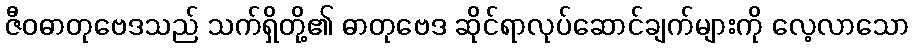
ဇီဝဓာတုဗေဒသည် သက်ရှိတို့၏ ဓာတုဗေဒ ဆိုင်ရာလုပ်ဆောင်ချက်များကို လေ့လာသော